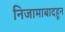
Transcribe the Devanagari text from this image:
निजामाबादहून